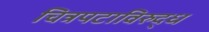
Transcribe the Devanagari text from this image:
चित्रपटाविरुद्ध